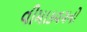
વીમાકવચનો